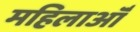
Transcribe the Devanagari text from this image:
महिलाऑँ